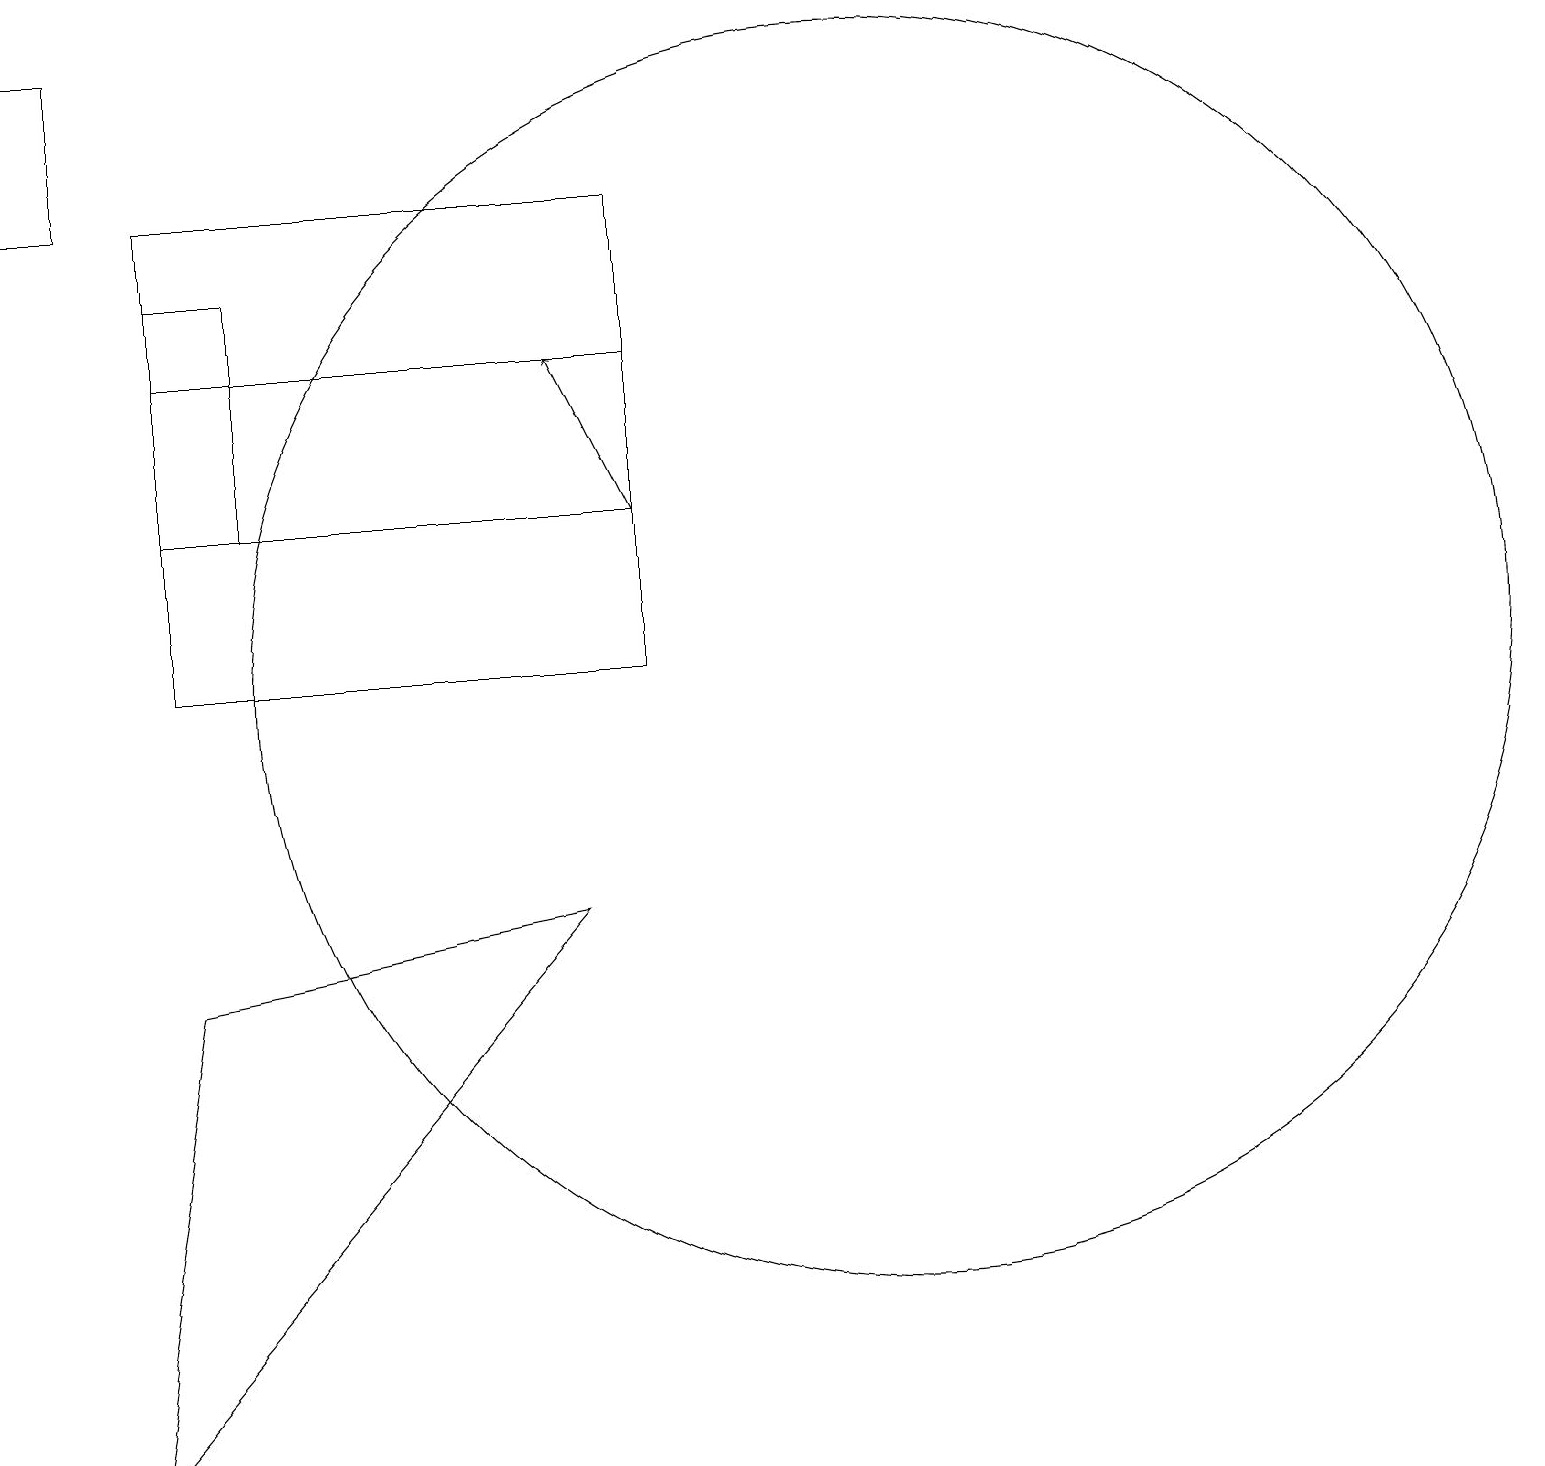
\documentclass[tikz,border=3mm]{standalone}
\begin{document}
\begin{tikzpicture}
\draw (8,11) rectangle (2,17);
\draw (2,7) -- (1,1) -- (7,8) -- cycle;
\draw[->] (8,13) -- (7,15);
\draw (1,17) rectangle (0,19);
\draw (11,11) circle (8);
\draw (2,13) rectangle (8,15);
\draw (3,13) rectangle (2,16);
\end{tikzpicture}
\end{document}